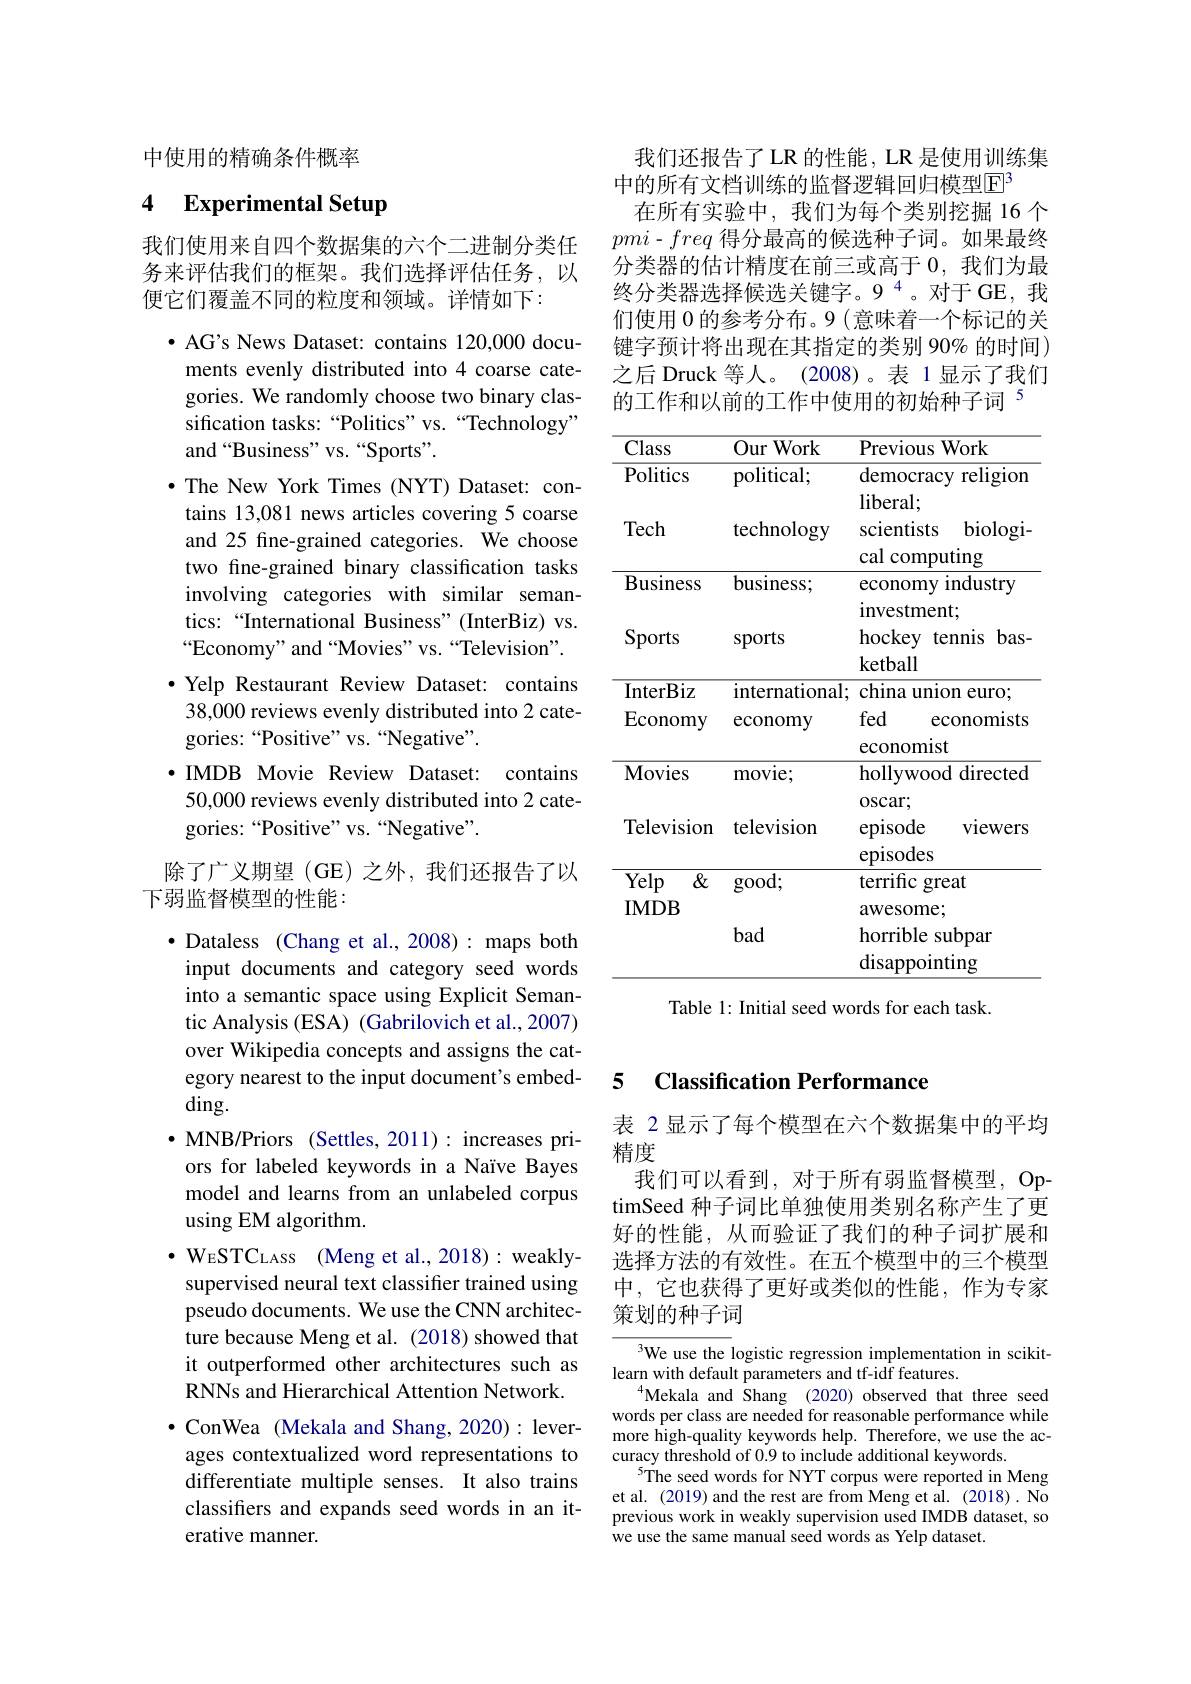
中使用的精确条件概率

### 4 Experimental Setup

我们使用来自四个数据集的六个二进制分类任务来评估我们的框架。我们选择评估任务，以便它们覆盖不同的粒度和领域。详情如下：
$\bullet$ AG's News Dataset: contains 120,000 documents evenly distributed into 4 coarse categories. We randomly choose two binary classification tasks:“Politics”vs.“Technology” and “Business" vs. “Sports”.
·The New York Times (NYT) Dataset: contains 13,081 news articles covering 5 coarse and 25 fine-grained categories. We choose two fine-grained binary classification tasks involving categories with similar semantics:“International Business”(InterBiz) vs. “Economy”and“Movies”vs.“Television”. ·Yelp Restaurant Review Dataset: contains 38,000 reviews evenly distributed into 2 categories:“Positive” vs.“Negative”.
·IMDB Movie Review Dataset: contains
50,000 reviews evenly distributed into 2 cate-
gories:“Positive” vs.“Negative”.
除了广义期望(GE)之外，我们还报告了以
下弱监督模型的性能：
$\bullet$ Dataless (Chang et al., 2008): maps both input documents and category seed words into a semantic space using Explicit Semantic Analysis (ESA) (Gabrilovich et al., 2007) over Wikipedia concepts and assigns the category nearest to the input document's embed- $\dim$
$\cdot$MNB/Priors (Settles,2011):increases priors for labeled keywords in a Naïve Bayes model and learns from an unlabeled corpus using EM algorithm.
$\cdot \mathrm{W} _{\mathrm{ESTCLASS}}$ (Meng et al., 2018):weaklysupervised neural text classifier trained using pseudo documents. We use the CNN architecture because Meng et al. (2018) showed that it outperformed other architectures such as RNNs and Hierarchical Attention Network. $\bullet$ ConWea (Mekala and Shang,2020): leverages contextualized word representations to differentiate multiple senses. It also trains classifers and expands seed words in an iterative manner.

我们还报告了LR 的性能，LR 是使用训练集
中的所有文档训练的监督逻辑回归模型$\mathbb{E}^{3}$
在所有实验中，我们为每个类别挖掘 16 个$pmi-freq$得分最高的候选种子词。如果最终分类器的估计精度在前三或高于0，我们为最终分类器选择候选关键字。9$^{4}$。对于GE，我们使用0的参考分布。9 (意味着一个标记的关键字预计将出现在其指定的类别 90% 的时间) 之后 Druck 等人。(2008)。表 1 显示了我们的工作和以前的工作中使用的初始种子词$^{5}$

<table>
	<tbody>
		<tr>
			<th>Class</th>
			<th>Our Work</th>
			<th>Previous Work</th>
		</tr>
		<tr>
			<td>Politics</td>
			<td>political;</td>
			<td>democracy n religion</td>
		</tr>
		<tr>
			<td>Tech</td>
			<td>technology</td>
			<td>$\operatorname{liberal}$ $biologi.$ scientists $പ്രി$ $CO$ nutino</td>
		</tr>
		<tr>
			<td>Business</td>
			<td>business;</td>
			<td>economy industry 1 estment</td>
		</tr>
		<tr>
			<td>Sports</td>
			<td>sports</td>
			<td>Ivvatilun hockey tennis $bas.$ ketball</td>
		</tr>
		<tr>
			<td>InterBiz</td>
			<td>international;</td>
			<td>china union 1 euro</td>
		</tr>
		<tr>
			<td>$\Pi\Pi UDIL$ Economy</td>
			<td>micrmatroman, economy</td>
			<td>V 1 ma umon curo . fed economists</td>
		</tr>
		<tr>
			<td>$1Pc$</td>
			<td>m T</td>
			<td>economist $\mathrm{holl}_{\mathrm{V}}$ $\Delta G$ directed</td>
		</tr>
		<tr>
			<td>Television</td>
			<td>television</td>
			<td>oscar; episode ${\mathrm{viewers}}$</td>
		</tr>
		<tr>
			<td>Yelp $\&$</td>
			<td>good: </td>
			<td>$\operatorname{ep1sodes}$ terrific great</td>
		</tr>
		<tr>
			<td>IMDB</td>
			<td>bad</td>
			<td>${\mathrm{awesome;}}$ horrible subpar disappointing</td>
		</tr>
	</tbody>
</table>
Table 1: Initial seed words for each task.

# 5 Classification Performance

表 2 显示了每个模型在六个数据集中的平均
精度
我们可以看到，对于所有弱监督模型，OptimSeed 种子词比单独使用类别名称产生了更好的性能，从而验证了我们的种子词扩展和选择方法的有效性。在五个模型中的三个模型中，它也获得了更好或类似的性能，作为专家策划的种子词

${^{3}\text{We use the }}$logistic regression implementation in scikit-
learn with default parameters and tf-idf features.
Mekala and Shang (2020) observed that three seed words per class are needed for reasonable performance while more high-quality keywords help. Therefore, we use the accuracy threshold of 0.9 to include additional keywords.
$^{5}$The seed words for NYT corpus were reported in Meng et al. (2019) and the rest are from Meng et al. (2018). No previous work in weakly supervision used IMDB dataset, so we use the same manual seed words as Yelp dataset.